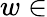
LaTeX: w\in